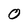
Character: 0